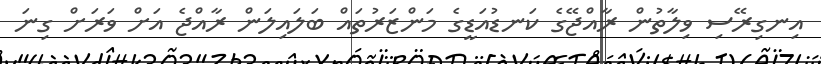
އިނގިރޭސި ވިލާތުން ރާއްޖޭގެ ކަނޑުއަޑީގެ މަންޒަރުތައް ބަލައިލަން ރާއްޖެ އަށް ވަރަށް ގިނަ